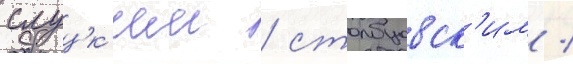
слуцк'им / столбцовск'им /